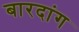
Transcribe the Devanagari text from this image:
बारदांग